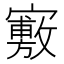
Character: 𡫣